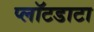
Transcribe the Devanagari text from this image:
प्लॉटडाटा